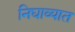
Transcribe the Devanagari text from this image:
निघाव्यात